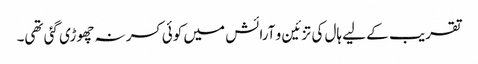
تقریب کے لیے ہال کی تزئین و آرائش میں کوئی کسر نہ چھوڑی گئی تھی۔